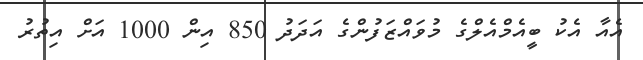
އެއާ އެކު ބީއެމްއެލްގެ މުވައްޒަފުންގެ އަދަދު 850 އިން 1000 އަށް އިތުރު